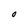
Character: O